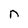
Character: n